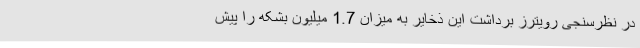
در نظرسنجی رویترز برداشت این ذخایر به میزان 1.7 میلیون بشکه را پیش